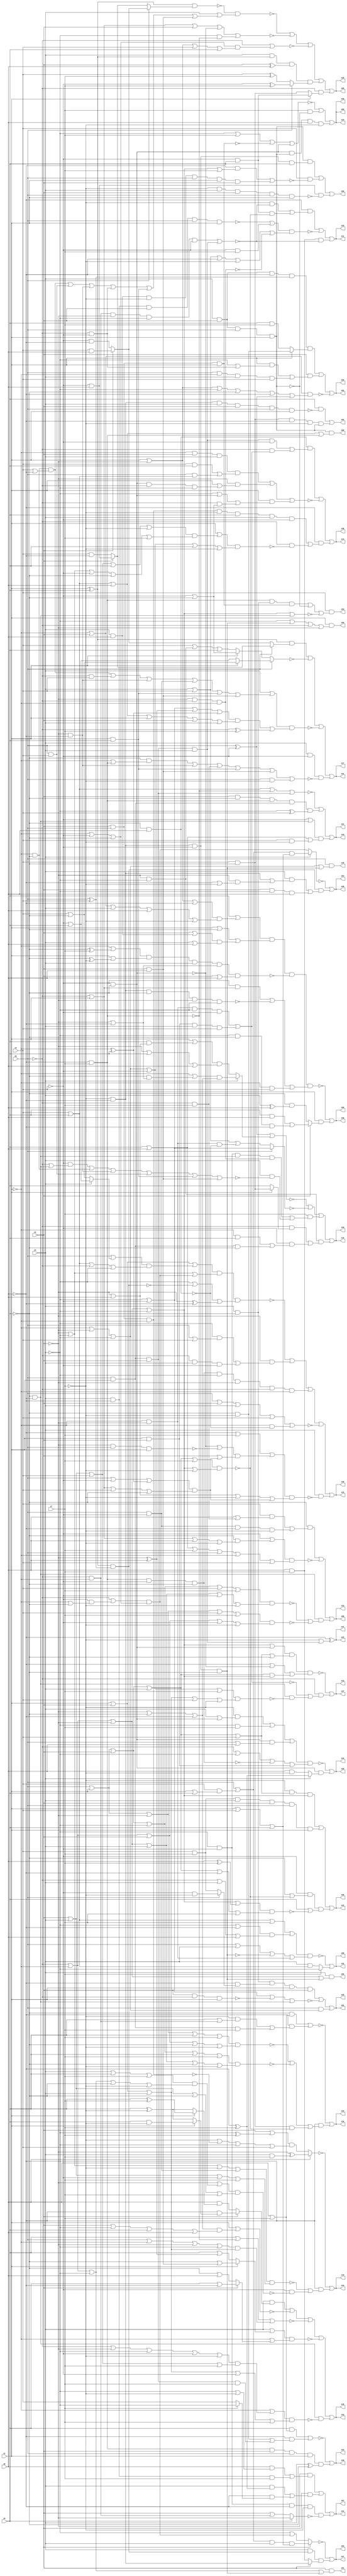
// Benchmark "q_6" written by ABC on Mon Mar 13 21:46:09 2023

module q_6 ( 
    x0, x1, x2, x3, x4, x5, x6, x7,
    z00, z01, z02, z03, z04, z05, z06, z07, z08, z09, z10, z11, z12, z13,
    z14, z15, z16, z17, z18, z19, z20, z21, z22, z23, z24, z25, z26, z27,
    z28, z29, z30, z31, z32, z33, z34, z35, z36, z37, z38, z39, z40, z41,
    z42, z43, z44, z45, z46, z47, z48, z49, z50, z51, z52, z53, z54, z55,
    z56  );
  input  x0, x1, x2, x3, x4, x5, x6, x7;
  output z00, z01, z02, z03, z04, z05, z06, z07, z08, z09, z10, z11, z12, z13,
    z14, z15, z16, z17, z18, z19, z20, z21, z22, z23, z24, z25, z26, z27,
    z28, z29, z30, z31, z32, z33, z34, z35, z36, z37, z38, z39, z40, z41,
    z42, z43, z44, z45, z46, z47, z48, z49, z50, z51, z52, z53, z54, z55,
    z56;
  wire n67, n68, n70, n71, n72, n73, n74, n76, n77, n78, n79, n81, n82, n84,
    n86, n87, n88, n89, n90, n91, n92, n93, n94, n96, n97, n98, n99, n101,
    n103, n104, n105, n107, n108, n109, n110, n111, n113, n114, n115, n116,
    n117, n119, n120, n121, n122, n123, n125, n126, n127, n129, n130, n131,
    n132, n133, n135, n136, n137, n138, n139, n140, n142, n143, n144, n145,
    n146, n147, n148, n149, n150, n152, n153, n154, n155, n156, n158, n159,
    n160, n161, n162, n163, n165, n166, n167, n168, n169, n171, n172, n173,
    n175, n176, n178, n179, n180, n182, n183, n186, n187, n188, n194, n196,
    n198, n199, n200;
  assign z00 = n68 & (x4 | x5 | x6 | n67);
  assign n67 = ~x6 & x7;
  assign n68 = x3 & x2 & x0 & x1;
  assign z01 = n70 | ~n73 | (x0 & (~x1 | ~x2 | ~x3));
  assign n70 = n72 & n71 & x1 & x2;
  assign n71 = ~x6 & (x0 ? (~x4 & ~x7) : (x4 & x7));
  assign n72 = x3 & ~x5;
  assign n73 = ~x3 | ~x4 | ~n74 | (~x5 & ~x6);
  assign n74 = x2 & ~x0 & x1;
  assign z02 = (n77 & (x1 ? (~x5 & ~x7) : (x5 & x7))) | n76 | ~n78;
  assign n76 = x2 & ((x1 & (~x3 | (~x0 & ~x4))) | (x0 & ~x1 & x3 & x4));
  assign n77 = x2 & x3 & ~x6 & (x0 ^ x4);
  assign n78 = (~x1 | x2) & (x1 | ~x2 | ~x3 | ~x5 | ~x6 | n79);
  assign n79 = x0 ^ ~x4;
  assign z03 = ~n82 | (x3 & n81 & (x2 ? (~x6 & ~x7) : (x6 & x7)));
  assign n81 = (x1 ^ x5) & (x0 ^ x4);
  assign n82 = x2 ? ((x0 | (x4 & (x1 | x5))) & x3 & (x1 | x4 | x5)) : (~x3 | ((~x0 | (~x4 & (~x1 | ~x5))) & (~x1 | ~x4 | ~x5)));
  assign z04 = ~n84 | (n81 & ((x3 & ((~x6 & ~x7) | (~x2 & (~x6 | ~x7)))) | (x2 & ~x3 & x6)));
  assign n84 = x3 ? ((x0 | (x4 & (x1 | x5))) & (x1 | x4 | x5)) : ((~x0 | (~x4 & (~x1 | ~x5))) & (~x1 | ~x4 | ~x5));
  assign z05 = ~n92 | ~n90 | ~n89 | n86 | n88;
  assign n86 = n87 & (x0 ? (~x4 ^ x7) : (x4 ^ x7));
  assign n87 = x3 & (x1 ^ x5) & (x2 ^ x6);
  assign n88 = ~x0 & (x1 ? (~x4 & x5) : (x4 & ~x5));
  assign n89 = ~x0 | ((~x1 | ~x4 | ~x5) & (x1 | ~x2 | x4 | x5));
  assign n90 = ~x0 | x1 | x2 | ~n91 | (~x3 & ~n67);
  assign n91 = ~x4 & ~x5;
  assign n92 = ~n93 & (x3 | n94);
  assign n93 = (x1 ^ x5) & (x0 ? (x2 ? (x4 & x6) : (~x4 & ~x6)) : (x2 ? (~x4 & x6) : (x4 & ~x6)));
  assign n94 = (~x1 & ~x5 & (x4 | ~x6)) | (x0 & x4) | (~x2 & ~x6) | (~x0 & ~x4) | (x1 & x5) | (x2 & x6);
  assign z06 = ~n96 | (x1 & (x2 ? ((x5 & x6) | (~x3 & ~x5 & ~x6)) : (~x5 & (x3 ^ x6))));
  assign n96 = n97 & ~n98 & ((~x4 & (~x0 | x1)) | ~n99 | (~x1 & x4));
  assign n97 = (x5 | ((x1 | ~x2 | ~x6) & (~x1 | x2 | x3 | x6 | ~x7))) & (x1 | ~x5 | ((x2 | (x3 & x6)) & (x3 | x6)));
  assign n98 = (~x1 | (~x5 ^ x7)) & (x1 | (~x5 ^ ~x7)) & x3 & (~x2 | ~x6) & (x2 | x6);
  assign n99 = ~x7 & ~x6 & ~x5 & ~x2 & ~x3;
  assign z07 = (~x2 & ((x6 & (~x3 | ~x7)) | (x3 & ~x6 & x7))) | (x2 & ((x3 & (~x6 ^ x7)) | (~x6 & (x7 ? ~x3 : x4)))) | (~x3 & ~x4 & ~x6 & ~x7 & ~n101);
  assign n101 = x5 ? ~x2 : (x2 | (~x0 & ~x1));
  assign z08 = ~n103 | (x7 ? ~x3 : (x3 & (x4 | x5)));
  assign n103 = n104 & (x0 | x3 | ~n105 | (~x1 & ~x2));
  assign n104 = x4 | x5 | x7 | ((~x3 | ~x6) & (~x0 | x3 | x6));
  assign n105 = ~x7 & ~x6 & ~x4 & ~x5;
  assign z09 = n107 | ~n111 | (n108 & (~n109 | ~n110));
  assign n107 = ~x5 & ((x4 & (x6 | (~x0 & x7))) | (x0 & ~x4 & ~x6 & ~x7));
  assign n108 = ~x5 & ~x6;
  assign n109 = (x0 | x1 | x2 | ~x3 | x4 | x7) & (~x0 | ~x1 | ~x2 | x3 | ~x4 | ~x7);
  assign n110 = (x0 | x1 | ~x2 | x4 | x7) & (~x0 | ~x1 | x2 | ~x4 | ~x7);
  assign n111 = (~x4 | (~x5 & (~x0 | x1 | x6 | ~x7))) & (x5 | x6 | x7 | x0 | ~x1 | x4);
  assign z10 = ~n115 | (~x6 & (~n116 | ~n117 | (n113 & ~n114)));
  assign n113 = x4 & ~x5;
  assign n114 = (x0 | x1 | x2 | x3 | x7) & (~x0 | ~x1 | ~x2 | ~x3 | ~x7);
  assign n115 = (~x5 & (x6 | x7)) | (~x6 & ((~x7 & (x5 | (~x0 & ~x1))) | (x0 & x1 & x7)));
  assign n116 = (x0 | x1 | ~x2 | x5 | x7) & (~x0 | ~x1 | x2 | ~x5 | ~x7);
  assign n117 = (x0 | x1 | x2 | ~x3 | x5 | x7) & (~x0 | ~x1 | ~x2 | x3 | ~x5 | ~x7);
  assign z11 = (~x6 & ((~x7 & ~n120) | (n119 & ~n114))) | ~n121 | (x6 & x7 & ~n120);
  assign n119 = ~x4 & x5;
  assign n120 = (~x0 & ~x1 & ~x2 & ~x3 & ~x4) | (x0 & x1 & x2 & x3);
  assign n121 = (~n123 | (~x4 & x7)) & (x3 | x4 | ~x6 | ~x7 | ~n122);
  assign n122 = ~x2 & ~x0 & ~x1;
  assign n123 = ~x6 & x3 & x2 & x0 & x1;
  assign z12 = n126 | n127 | (~x4 & (~x5 | ~n114) & (x5 | ~n125));
  assign n125 = (~x0 | ~x1 | ~x2 | ~x3 | (x6 ^ x7)) & (x0 | x1 | x2 | x3 | ~x6 | x7);
  assign n126 = ~x7 & (x0 | x1 | x2 | x3 | x4) & (~x0 | ~x1 | ~x2 | ~x3);
  assign n127 = x7 & x4 & x3 & x2 & x0 & x1;
  assign z13 = ~n131 | (~x0 & (~n129 | (~x5 & ~x6 & ~n130)));
  assign n129 = (~x1 & ~x2 & ~x3 & ~x4) | (x1 & x2 & x3 & x4);
  assign n130 = (~x1 | ~x2 | ~x3 | ~x4 | x7) & (x1 | x2 | x3 | x4 | ~x7);
  assign n131 = n133 & (~x6 | ~n91 | n132);
  assign n132 = (x0 | x1 | x2 | x3) & (~x0 | ~x1 | ~x2 | ~x3);
  assign n133 = (~x0 | ~x1 | ~x2 | ~x3 | (~x4 & ~x5)) & (x0 | x1 | x2 | x3 | x4 | ~x5);
  assign z14 = n138 | ~n140 | (~x6 & (n136 | (~x0 & ~n135)));
  assign n135 = (x1 | ((x2 | x3 | x4 | x5 | ~x7) & (~x2 | ~x3 | ~x4 | ~x5 | x7))) & (~x1 | ~x2 | ~x3 | ~x4 | x5 | ~x7);
  assign n136 = n137 & ~x7 & x5 & x3 & ~x4;
  assign n137 = x2 & x0 & ~x1;
  assign n138 = n139 & ((x0 & x1 & x2 & x3 & ~x4) | (~x0 & ((x1 & x2 & x3 & x4) | (~x1 & ~x2 & ~x3 & ~x4))));
  assign n139 = ~x5 & x6;
  assign n140 = (~x1 & x2 & x3 & ((x4 & x5) | (x0 & (x4 | x5)))) | (~x2 & (x1 | (~x4 & ~x5 & ~x0 & ~x3))) | (x1 & (~x3 | (~x4 & ~x5) | (~x0 & (~x4 | ~x5))));
  assign z15 = ~n145 | n147 | n148 | ~n150 | (x3 & ~n142);
  assign n142 = (~x6 | x7 | ((~n91 | ~n143) & (x2 | n144))) & (~x2 | x6 | ~x7 | n144);
  assign n143 = ~x2 & x0 & x1;
  assign n144 = (x0 | ~x4 | (~x1 ^ x5)) & (~x0 | x1 | x4 | ~x5);
  assign n145 = n146 & (~x3 | ~n81 | (~x2 ^ ~x6));
  assign n146 = (x1 | x2 | ((x0 | (x3 ? (~x4 | x5) : (x4 | ~x5))) & (x4 | x5 | ~x0 | ~x3))) & (~x2 | ~x3 | ((~x0 | (~x4 & (~x1 | ~x5))) & (~x1 | ~x4 | ~x5)));
  assign n147 = ~x2 & ((~x3 & (x0 | x4)) | (~x0 & x3 & ~x4));
  assign n148 = n149 & ~x3 & ~x2 & ~x0 & ~x1;
  assign n149 = x7 & ~x6 & ~x4 & ~x5;
  assign n150 = x0 | x2 | x3 | x4 | (~x1 & ~n139);
  assign z16 = ~n156 | ~n155 | n152 | n154;
  assign n152 = x7 & ((~x3 & ~x4 & n108 & n122) | (x3 & ~n153));
  assign n153 = (~x4 & (~x0 | (~x5 & ~x6))) | (~x1 & ~x5) | (~x2 & ~x6) | (x0 & x4) | (x1 & x5) | (x2 & x6);
  assign n154 = ~x2 & ~x3 & ((~x0 & (x1 ? (x4 & ~x5) : x5)) | (~x4 & ((~x1 & x5) | (x0 & x1 & ~x5))));
  assign n155 = x0 ? (~x3 | ~x4) : (x3 | x4 | (~x1 & ~x2 & ~n139));
  assign n156 = n79 | (x3 ? ((~x1 | (~x5 & (~x2 | ~x6))) & (~x2 | ~x5 | ~x6)) : ((x1 | (x5 & (~x2 | x6))) & (~x2 | x5 | x6)));
  assign z17 = n159 | ~n160 | ~n161 | (x3 & ~x4 & ~n158);
  assign n158 = (~x5 & (~x1 | (~x6 & x7))) | (~x2 & ~x6) | (~x0 & x7) | (x1 & x5) | (x2 & x6) | (x0 & ~x7);
  assign n159 = (x1 ^ x5) & (x0 ? (x2 ? (~x4 & x6) : (x4 & ~x6)) : (x2 ? (x4 & x6) : (~x4 & ~x6)));
  assign n160 = x0 ? (x1 ? (x4 | ~x5) : (~x4 | x5)) : (x1 ? (~x4 | ~x5) : (x4 | (~x2 & ~x3) | x5));
  assign n161 = (x3 | n162) & (n163 | (~x0 ^ x7));
  assign n162 = (~x1 & ~x5 & (x4 | ~x6)) | (~x0 & x4) | (~x2 & ~x6) | (x0 & ~x4) | (x1 & x5) | (x2 & x6);
  assign n163 = (~x3 | ~x4 | (~x2 ^ x6) | (~x1 ^ x5)) & (x4 | x5 | x6 | x1 | x2 | x3);
  assign z18 = n165 | ~n167 | ~n168 | ~n169 | (n108 & ~n166);
  assign n165 = x3 & (x2 ? (~x6 & (x1 ? (x5 & ~x7) : (x5 ^ ~x7))) : (x6 & (x1 ? (x5 ^ x7) : (x5 ^ ~x7))));
  assign n166 = (~x1 | ((~x0 | ~x2 | ~x3 | ~x4 | ~x7) & (x2 | x3 | x4 | x7))) & (x1 | x2 | x3 | ~x4 | x7);
  assign n167 = x1 | ((~x2 | ~x5 | ~x6) & (x2 | ~x3 | x5 | x6));
  assign n168 = x5 | ~n67 | ((x0 | ~x1 | ~x2 | ~x3) & (x1 | x2 | x3));
  assign n169 = (x3 | (x1 ? (~x5 | (x2 & x6)) : (x5 | (~x2 ^ x6)))) & (~x1 | (x2 ? (x5 | ~x6) : (~x5 | x6)));
  assign z19 = ~n173 | (~x6 & (~n171 | (~x4 & ~n172)));
  assign n171 = (~x2 | ~x3 | ~x7 | (x0 & ~x4)) & (x2 | x3 | ~x4 | x7);
  assign n172 = (~x2 | ((x3 | x5 | x7) & (~x0 | ~x1 | ~x3 | ~x5 | ~x7))) & (x2 | x3 | ~x5 | x7);
  assign n173 = x6 ? (~x2 ^ (x3 & x7)) : ((x2 | (~x3 ^ x7)) & (~x7 | ~n137 | ~x3 | x4));
  assign z20 = ~n175 | (n91 & (x3 ? (~x6 ^ x7) : (x6 & ~x7)));
  assign n175 = n176 & (~x0 | ~x3 | ~n149 | (x1 & x2));
  assign n176 = (~x7 & (x3 | (~x4 & ~x5))) | (~x3 & x7) | (~x4 & ~x5 & (x0 | x6));
  assign z21 = ~n178 | n179 | ((~x4 | (~x5 & ~x6)) & (x5 | x6 | (x4 & ~x7)));
  assign n178 = x4 | x5 | ~n67 | (x0 & x1 & x2);
  assign n179 = x2 & ~x5 & n67 & n180 & (~x3 ^ x4);
  assign n180 = x0 & x1;
  assign z22 = ~n183 | (n182 & (x3 ^ ~x5));
  assign n182 = x7 & ~x6 & x2 & x0 & x1;
  assign n183 = (x5 & (x6 | x7)) | (~x6 & ((~x5 & ~x7) | (x0 & x1 & x2 & x7)));
  assign z23 = ~x6 ^ (~x7 | (x0 & x1 & x2 & x3));
  assign z24 = ~n187 | (x7 & ~n186) | (n91 & n68 & x6 & ~x7);
  assign n186 = x3 & x2 & x0 & x1;
  assign n187 = ~x3 | x7 | ~n188 | (~x4 & ~x5);
  assign n188 = x2 & x0 & x1;
  assign z49 = x0 & (~x1 | ~x2 | ~x3 | n105);
  assign z50 = x1 & (~x3 | n105 | ~x0 | ~x2);
  assign z51 = x2 & (~x0 | ~x1 | ~x3 | n105);
  assign z52 = x3 & (~x0 | ~x1 | ~x2 | n105);
  assign z53 = x4 & ((n67 & n72 & n188) | ~n186 | ~n194);
  assign n194 = ~x0 | ~x1 | ~x2 | ~x3 | (~x5 & ~x6);
  assign z54 = (x5 & ~n196) | (x4 & ~x5 & ~x6 & ~x7 & n68);
  assign n196 = ~x7 & ~x6 & x3 & x2 & x0 & x1;
  assign z55 = (n68 & n200) | (x4 & ~n198) | (~x4 & x6 & ~n199);
  assign n198 = (~x6 & (~x0 | ~x1 | ~x2 | ~x3 | x7)) | (x3 & x6 & ~x7 & x0 & x1 & x2);
  assign n199 = ~x7 & x3 & x2 & x0 & x1;
  assign n200 = ~x7 & ~x6 & ~x4 & x5;
  assign z25 = n70 | ~n73 | (x0 & (~x1 | ~x2 | ~x3));
  assign z26 = (n77 & (x1 ? (~x5 & ~x7) : (x5 & x7))) | n76 | ~n78;
  assign z27 = z03;
  assign z28 = z04;
  assign z29 = ~n92 | ~n90 | ~n89 | n86 | n88;
  assign z30 = ~n96 | (x1 & (x2 ? ((x5 & x6) | (~x3 & ~x5 & ~x6)) : (~x5 & (x3 ^ x6))));
  assign z31 = z07;
  assign z32 = ~n103 | (x7 ? ~x3 : (x3 & (x4 | x5)));
  assign z33 = z09;
  assign z34 = z10;
  assign z35 = (~x6 & ((~x7 & ~n120) | (n119 & ~n114))) | ~n121 | (x6 & x7 & ~n120);
  assign z36 = z12;
  assign z37 = ~n131 | (~x0 & (~n129 | (~x5 & ~x6 & ~n130)));
  assign z38 = n138 | ~n140 | (~x6 & (n136 | (~x0 & ~n135)));
  assign z39 = ~n145 | n147 | n148 | ~n150 | (x3 & ~n142);
  assign z40 = ~n156 | ~n155 | n152 | n154;
  assign z41 = n159 | ~n160 | ~n161 | (x3 & ~x4 & ~n158);
  assign z42 = n165 | ~n167 | ~n168 | ~n169 | (n108 & ~n166);
  assign z43 = ~n173 | (~x6 & (~n171 | (~x4 & ~n172)));
  assign z44 = ~n175 | (n91 & (x3 ? (~x6 ^ x7) : (x6 & ~x7)));
  assign z45 = ~n178 | n179 | ((~x4 | (~x5 & ~x6)) & (x5 | x6 | (x4 & ~x7)));
  assign z46 = z22;
  assign z47 = z23;
  assign z48 = ~n187 | (x7 & ~n186) | (n91 & n68 & x6 & ~x7);
  assign z56 = ~n187 | (x7 & ~n186) | (n91 & n68 & x6 & ~x7);
endmodule